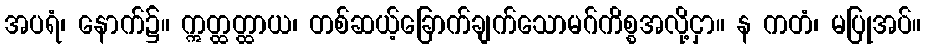
အပရံ၊ နောက်၌။ ဣတ္ထတ္ထာယ၊ တစ်ဆယ့်ခြောက်ချက်သောမဂ်ကိစ္စအလို့ငှာ။ န ကတံ၊ မပြုအပ်။